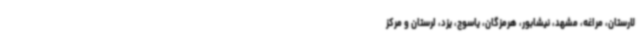
لارستان، مراغه، مشهد، نیشابور، هرمزگان، یاسوج، یزد، لرستان و مرکز